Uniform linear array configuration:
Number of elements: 12
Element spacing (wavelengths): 1
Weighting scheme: hamming
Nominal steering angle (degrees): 15
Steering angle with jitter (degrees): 14.269
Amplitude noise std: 0.05
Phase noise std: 0.05

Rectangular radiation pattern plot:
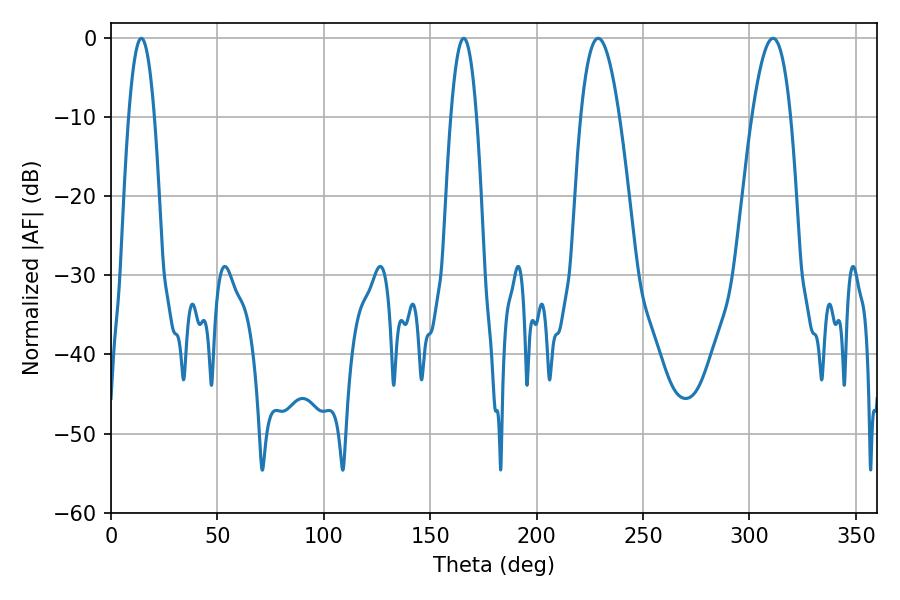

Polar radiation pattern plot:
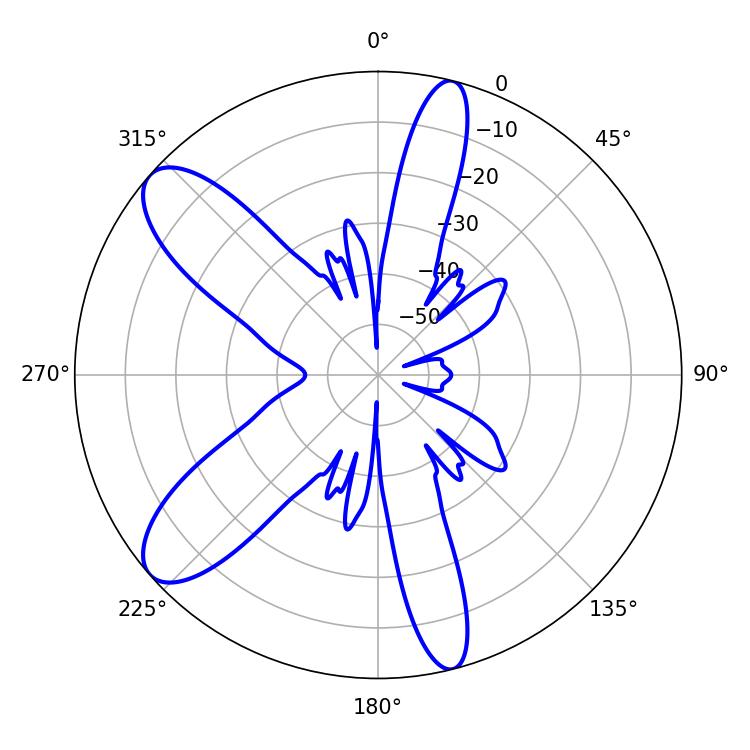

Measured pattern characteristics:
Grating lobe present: TRUE
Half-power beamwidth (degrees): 9.9
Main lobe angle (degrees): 228.96